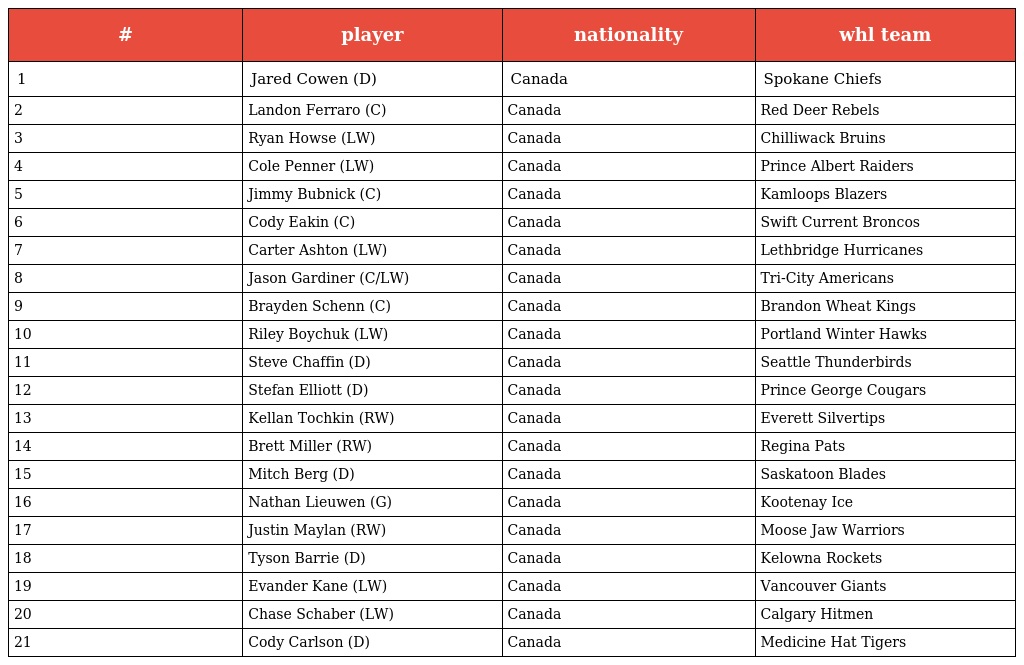
| # | player | nationality | whl team |
 | --- | --- | --- | --- |
 | 1 | Jared Cowen (D) | Canada | Spokane Chiefs |
 | 2 | Landon Ferraro (C) | Canada | Red Deer Rebels |
 | 3 | Ryan Howse (LW) | Canada | Chilliwack Bruins |
 | 4 | Cole Penner (LW) | Canada | Prince Albert Raiders |
 | 5 | Jimmy Bubnick (C) | Canada | Kamloops Blazers |
 | 6 | Cody Eakin (C) | Canada | Swift Current Broncos |
 | 7 | Carter Ashton (LW) | Canada | Lethbridge Hurricanes |
 | 8 | Jason Gardiner (C/LW) | Canada | Tri-City Americans |
 | 9 | Brayden Schenn (C) | Canada | Brandon Wheat Kings |
 | 10 | Riley Boychuk (LW) | Canada | Portland Winter Hawks |
 | 11 | Steve Chaffin (D) | Canada | Seattle Thunderbirds |
 | 12 | Stefan Elliott (D) | Canada | Prince George Cougars |
 | 13 | Kellan Tochkin (RW) | Canada | Everett Silvertips |
 | 14 | Brett Miller (RW) | Canada | Regina Pats |
 | 15 | Mitch Berg (D) | Canada | Saskatoon Blades |
 | 16 | Nathan Lieuwen (G) | Canada | Kootenay Ice |
 | 17 | Justin Maylan (RW) | Canada | Moose Jaw Warriors |
 | 18 | Tyson Barrie (D) | Canada | Kelowna Rockets |
 | 19 | Evander Kane (LW) | Canada | Vancouver Giants |
 | 20 | Chase Schaber (LW) | Canada | Calgary Hitmen |
 | 21 | Cody Carlson (D) | Canada | Medicine Hat Tigers |